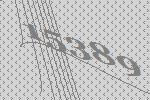
15389